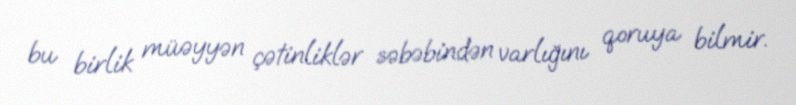
bu birlik müəyyən çətinliklər səbəbindən varlığını qoruya bilmir.